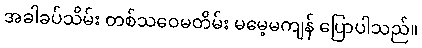
အခါခပ်သိမ်း တစ်သဝေမတိမ်း မမေ့မကျန် ပြောပါသည်။